Lunatic asylums Madras 1892-1911 - 1892-1911
Year: 1892
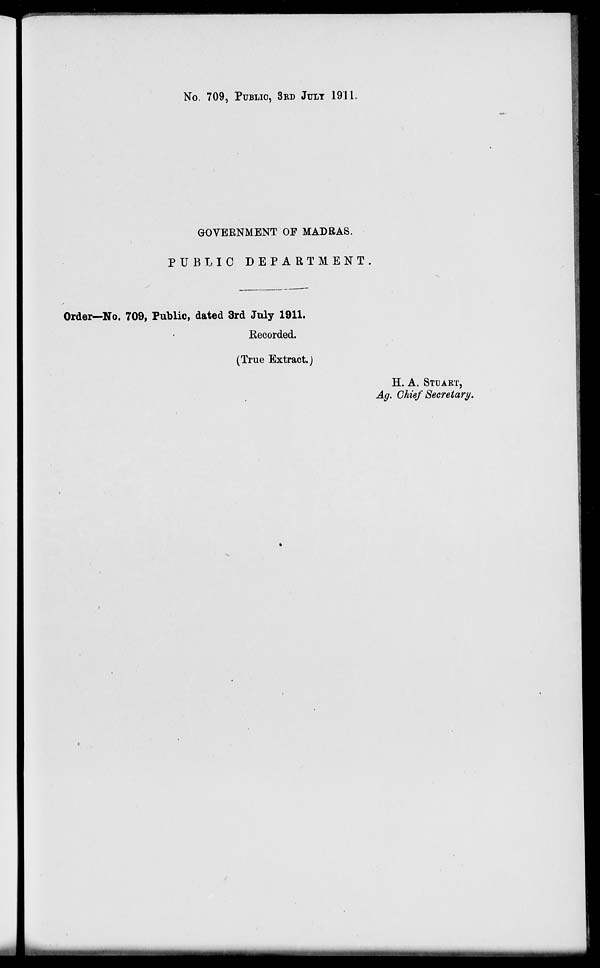
No. 709, PUBLIC, 3RD JULY 1911.
GOVERNMENT OF MADRAS.
PUBLIC DEPARTMENT
Order—No. 709, Public, dated 3rd July 1911.
Recorded.
(True Extract.)
H. A. STUART,
Ag. Chief Secretary.